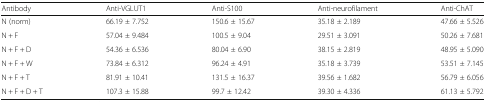
| Antibody | Anti-VGLUT1 | Anti-S100 | Anti-neurofilament | Anti-ChAT |
 | --- | --- | --- | --- | --- |
 | N (norm) | 66.19 ± 7.752 | 150.6 ± 15.67 | 35.18 ± 2.189 | 47.66 ± 5.526 |
 | N + F | 57.04 ± 9.484 | 100.5 ± 9.04 | 29.51 ± 3.091 | 50.26 ± 7.681 |
 | N + F + D | 54.36 ± 6.536 | 80.04 ± 6.90 | 38.15 ± 2.819 | 48.95 ± 5.090 |
 | N + F + W | 73.84 ± 6.312 | 96.24 ± 4.91 | 35.18 ± 3.739 | 53.51 ± 7.145 |
 | N + F + T | 81.91 ± 10.41 | 131.5 ± 16.37 | 39.56 ± 1.682 | 56.79 ± 6.056 |
 | N + F + D + T | 107.3 ± 15.88 | 99.7 ± 12.42 | 39.30 ± 4.336 | 61.13 ± 5.792 |